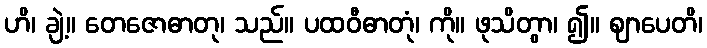
ဟိ၊ ချဲ့။ တေဇောဓာတု၊ သည်။ ပထဝီဓာတုံ၊ ကို။ ဖုသိတွာ၊ ၍။ ဈာပေတိ၊